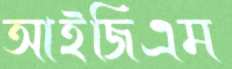
আইজিএম